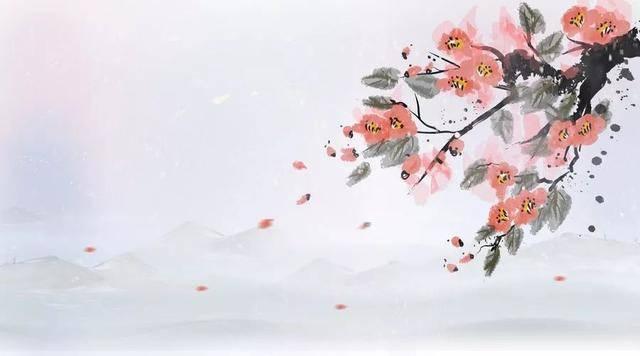
万里不惜死，一朝得成功。